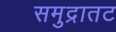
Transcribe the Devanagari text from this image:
समुद्रातट